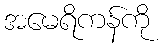
အမေရိကန်ကို